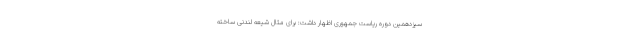
سیزدهمین دوره ریاست جمهوری اظهار داشت: برای مثال شیعه لندنی ساخته